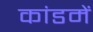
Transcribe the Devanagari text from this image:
कांडमें